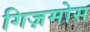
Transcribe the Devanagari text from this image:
गिज़मोस